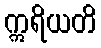
ဣရိယတိ